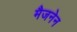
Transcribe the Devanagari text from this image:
मैजनेन